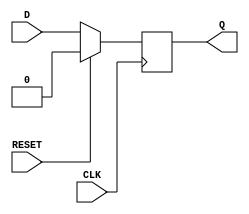
module neg_edge_d_ff (
    input D,         // Data input
    input CLK,       // Clock input
    input RESET,     // Reset input
    output reg Q     // Output
);

always @(negedge CLK) begin
    if (RESET) begin
        Q <= 1'b0;  // Reset the output to 0
    end else begin
        Q <= D;     // Latch the D input on falling edge of clock
    end
end

endmodule